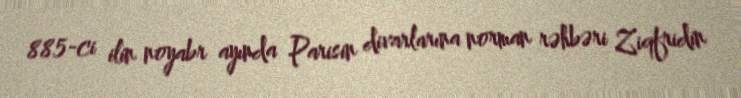
885-ci ilin noyabr ayında Parisin divarlarına norman rəhbəri Ziqfridin